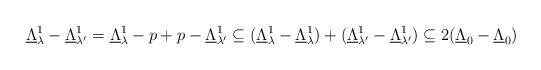
LaTeX: \begin{align*} \underline{\Lambda}^1_{\lambda } - \underline{\Lambda}^1_{\lambda '} = \underline{\Lambda}^1_{\lambda } - p +p -\underline{\Lambda}^1_{\lambda '} \subseteq (\underline{\Lambda}^1_{\lambda } - \underline{\Lambda}^1_{\lambda }) + (\underline{\Lambda}^1_{\lambda '} - \underline{\Lambda}^1_{\lambda '}) \subseteq 2(\underline{\Lambda }_0 - \underline{\Lambda } _0)\end{align*}